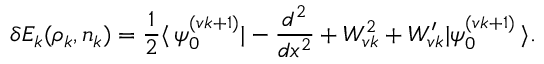
\delta E _ { k } ( \rho _ { k } , n _ { k } ) = \frac { 1 } { 2 } \langle \, \psi _ { 0 } ^ { ( v k + 1 ) } | - \frac { d ^ { 2 } } { d x ^ { 2 } } + W _ { v k } ^ { 2 } + W _ { v k } ^ { \prime } | \psi _ { 0 } ^ { ( v k + 1 ) } \, \rangle .